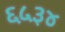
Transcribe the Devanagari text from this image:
६५३४